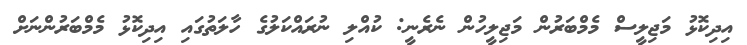
އިދިކޮޅު މަޖިލީސް މެމްބަރުން މަޖިލީހުން ނެރެނީ: ކުއްލި ނުރައްކަލުގެ ހާލަތުގައި އިދިކޮޅު މެމްބަރުންނަށް